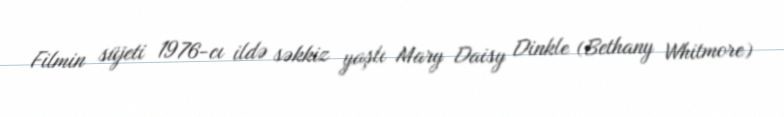
Filmin süjeti 1976-cı ildə səkkiz yaşlı Mary Daisy Dinkle (Bethany Whitmore)